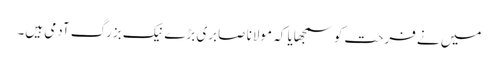
میں نے فرحت کو سمجھایا کہ مولانا صابری بڑے نیک بزرگ آدمی ہیں۔